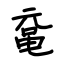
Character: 鼋